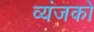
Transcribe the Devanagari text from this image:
व्यंजको